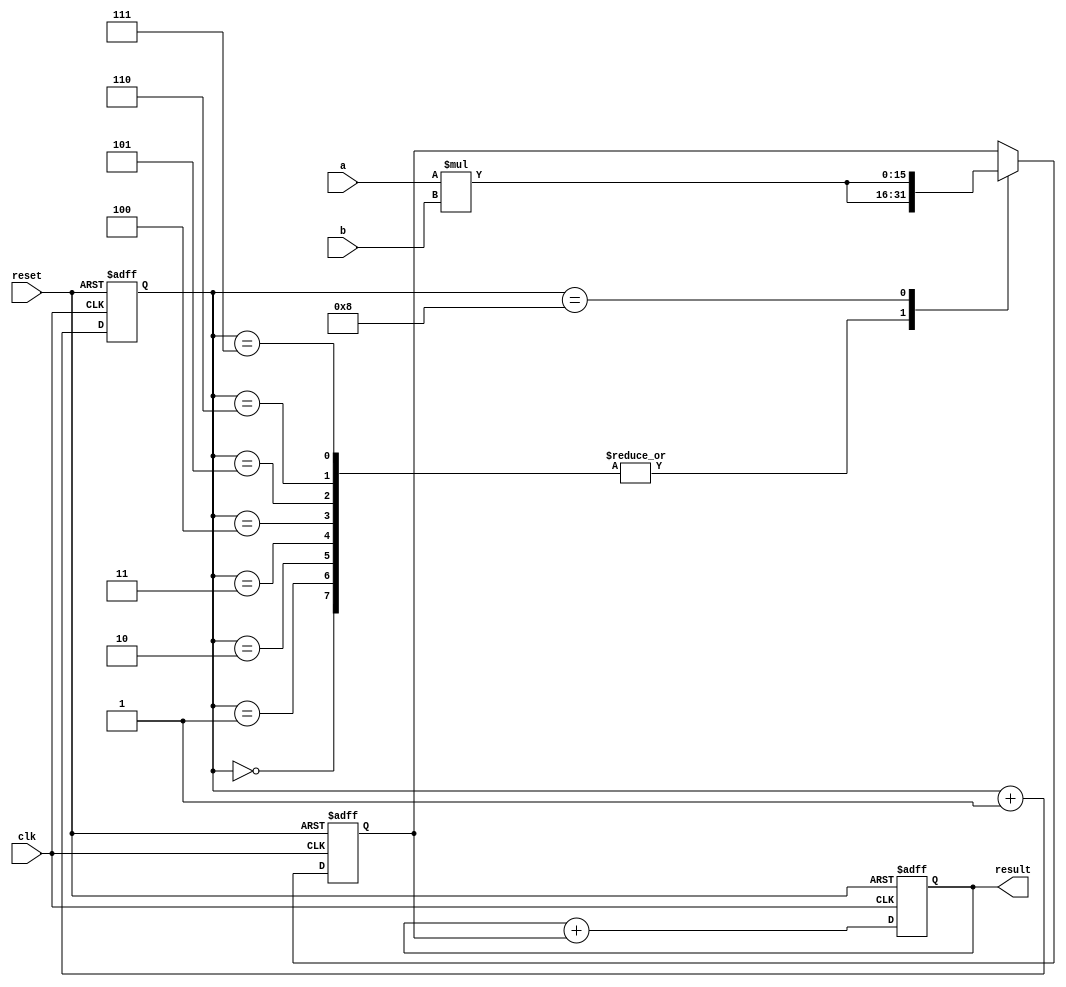
module multiplier(
  input clk,
  input reset,
  input [7:0] a,
  input [7:0] b,
  output reg [15:0] result
);

reg [15:0] partial_product;
reg [3:0] count;

always @(posedge clk or posedge reset) begin
  if (reset) begin
    partial_product <= 16'b0;
    count <= 4'b0;
    result <= 16'b0;
  end
  else begin
    case(count)
      0: partial_product <= {8'b0, a} * b;
      1: partial_product <= {7'b0, a} * b;
      2: partial_product <= {6'b0, a} * b;
      3: partial_product <= {5'b0, a} * b;
      4: partial_product <= {4'b0, a} * b;
      5: partial_product <= {3'b0, a} * b;
      6: partial_product <= {2'b0, a} * b;
      7: partial_product <= {1'b0, a} * b;
      8: partial_product <= a * b;
    endcase

    result <= result + partial_product;
    count <= count + 1;
  end
end

endmodule